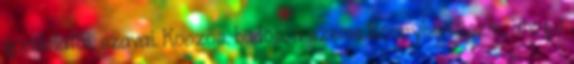
gondolatai, szavai. Koszos. büdös, a szeme könnyben úszik, ahogy